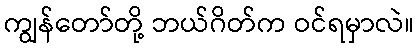
ကျွန်တော်တို့ ဘယ်ဂိတ်က ဝင်ရမှာလဲ။